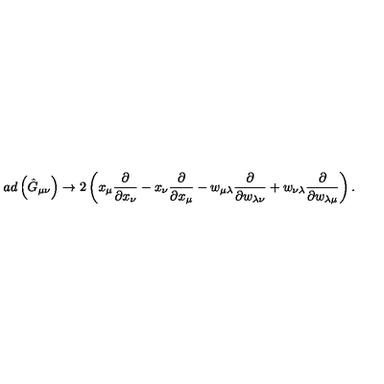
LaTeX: a d \left( \hat { G } _ { \mu \nu } \right) \rightarrow 2 \left( x _ { \mu } \frac { \partial } { \partial x _ { \nu } } - x _ { \nu } \frac { \partial } { \partial x _ { \mu } } - w _ { \mu \lambda } \frac { \partial } { \partial w _ { \lambda \nu } } + w _ { \nu \lambda } \frac { \partial } { \partial w _ { \lambda \mu } } \right) .